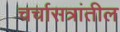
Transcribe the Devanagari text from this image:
चर्चासत्रांतील